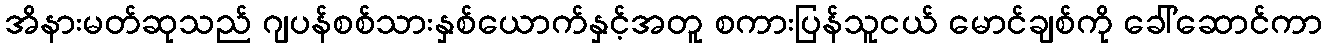
အိနားမတ်ဆုသည် ဂျပန်စစ်သားနှစ်ယောက်နှင့်အတူ စကားပြန်သူငယ် မောင်ချစ်ကို ခေါ်ဆောင်ကာ